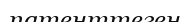
патенттеген